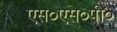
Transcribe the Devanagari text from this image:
एस०एस०पी०